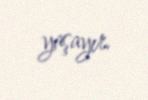
yaşayır.